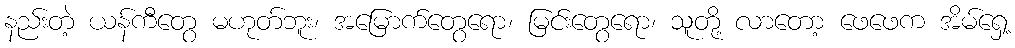
နည်းတဲ့ ယန်ကီတွေ မဟုတ်ဘူး၊ အမြောက်တွေရော၊ မြင်းတွေရော၊ သူတို့ လာတော့ ဖေဖေက အိမ်ရှေ့